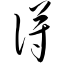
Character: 得